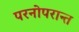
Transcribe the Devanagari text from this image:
परनोपरान्त